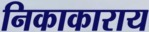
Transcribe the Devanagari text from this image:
निकाकाराय